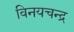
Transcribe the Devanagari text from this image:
विनयचन्द्र